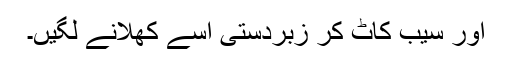
اور سیب کاٹ کر زبردستی اسے کھلانے لگیں۔